Annual report of the Punjab Veterinary College and of the Civil Veterinary Department, Punjab - 1926-1932
Year: 1926
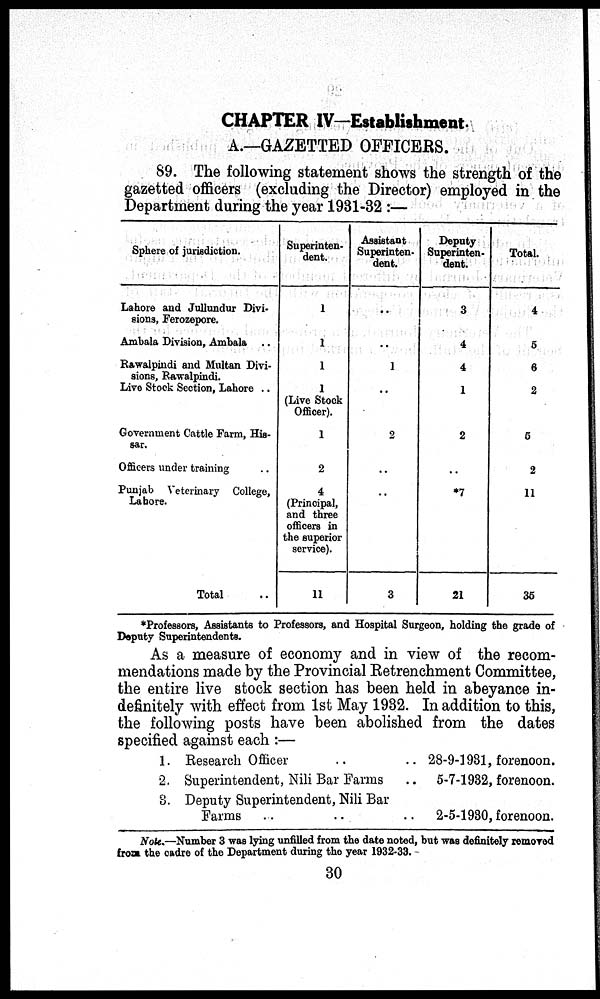
CHAPTER IV—Establishment.
A.—GAZETTED OFFICERS.
89. The following statement shows the strength of the
gazetted officers (excluding the Director) employed in the
Department during the year 1931-32 :—
Sphere of jurisdiction.
Lahore and Jullundur Divi-
sions, Ferozepore.
Ambala Division, Ambala ..
Rawalpindi and Multan Divi-
sions, Rawalpindi.
Live Stock Section, Lahore ..
Government Cattle Farm, His-
sar.
Officers under training
Punjab Veterinary College,
Lahore.
Total ..
Superinten-
dent.
1
1
1
1
(Live Stock
Officer).
1
2
4
(Principal,
and three
officers in
the superior
service).
11
Assistant
Superinten-
dent.
..
..
1
..
2
..
..
3
Deputy
Superinten-
dent.
3
4
4
1
2
..
*7
21
Total.
4
5
6
2
5
2
11
35
*Professors, Assistants to Professors, and Hospital Surgeon, holding the grade of
Deputy Superintendents.
As a measure of economy and in view of the recom-
mendations made by the Provincial Retrenchment Committee,
the entire live stock section has been held in abeyance in-
definitely with effect from 1st May 1932. In addition to this,
the following posts have been abolished from the dates
specified against each :—
1. Research Officer .. ..
2. Superintendent, Nili Bar Farms ..
3. Deputy Superintendent, Nili Bar
Farms
..
..
..
28-9-1931, forenoon.
5-7-1932, forenoon.
2-5-1930, forenoon.
Note.—Number 3 was lying unfilled from the date noted, but was definitely removed
from the cadre of the Department during the year 1932-33.
30